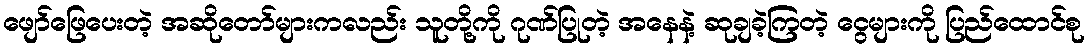
ဖျော်ဖြေပေးတဲ့ အဆိုတော်များကလည်း သူတို့ကို ဂုဏ်ပြုတဲ့ အနေနဲ့ ဆုချခဲ့ကြတဲ့ ငွေများကို ပြည်ထောင်စု